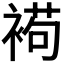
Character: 𧛩